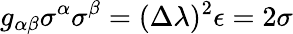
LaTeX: g_{\alpha\beta}\sigma^{\alpha}\sigma^{\beta}=(\Delta\lambda)^{2}\epsilon=2\sigma